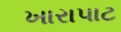
ખારાપાટ